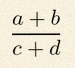
\frac{a+b}{c+d}